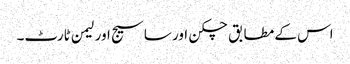
اس کے مطابق چکن اور ساسیج اور لیمن ٹارٹ۔